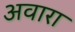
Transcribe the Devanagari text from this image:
अवारा